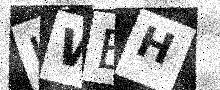
Text: UWEH